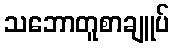
သဘောတူစာချူပ်